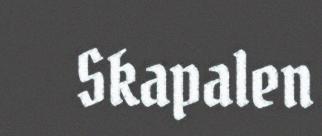
Skapalen